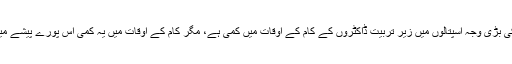
شروع میں تو محققین کا خیال تھا کہ ڈاکٹروں کے اوقاتِ کار میں کمی کی بڑی وجہ اسپتالوں میں زیر تربیت ڈاکٹروں کے کام کے اوقات میں کمی ہے، مگر کام کے اوقات میں یہ کمی اس پورے پیشے میں آئی ہے جس میں اسپتالوں میں کام نہ کرنے والے ڈاکٹر بھی شامل ہیں۔